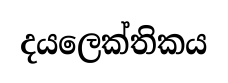
දයලෙක්තිකය